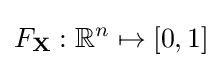
F_{\mathbf {X} }:\mathbb {R} ^{n}\mapsto [0,1]